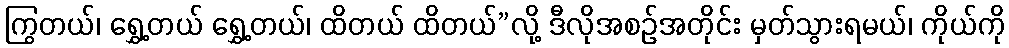
ကြွတယ်၊ ရွှေ့တယ် ရွှေ့တယ်၊ ထိတယ် ထိတယ်”လို့ ဒီလိုအစဉ်အတိုင်း မှတ်သွားရမယ်၊ ကိုယ်ကို